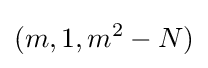
(m,1,m^{2}-N)